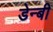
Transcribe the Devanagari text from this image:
डेन्‍बी